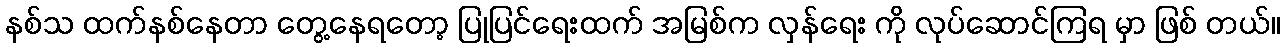
နစ်သ ထက်နစ်နေတာ တွေ့နေရတော့ ပြုပြင်ရေးထက် အမြစ်က လှန်ရေး ကို လုပ်ဆောင်ကြရ မှာ ဖြစ် တယ်။